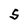
Character: S